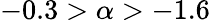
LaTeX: -0.3>{\alpha}>-1.6